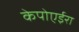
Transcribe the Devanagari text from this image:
केपोएईरा